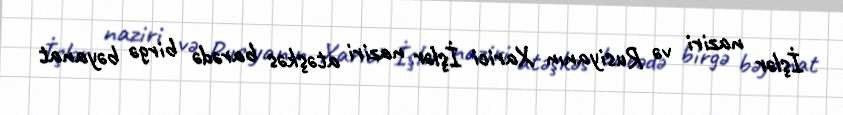
İşlər naziri və Rusiyanın Xarici İşlər naziri atəşkəs barədə birgə bəyanat